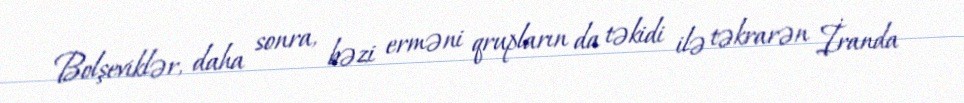
Bolşeviklər, daha sonra, bəzi erməni qrupların da təkidi ilə təkrarən İranda